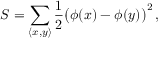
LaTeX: S = \sum _ { \langle x , y \rangle } { \frac { 1 } { 2 } } { \big ( } \phi ( x ) - \phi ( y ) { \big ) } ^ { 2 } \, ,